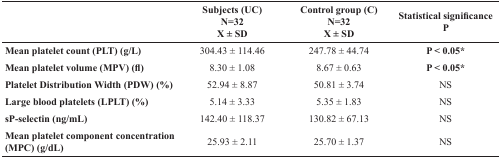
|  | Subjects (UC)N=32X ± SD | Control group (C)N=32X ± SD | Statistical significanceP |
 | --- | --- | --- | --- |
 | Mean platelet count (PLT) (g/L) | 304.43 ± 114.46 | 247.78 ± 44.74 | P < 0.05* |
 | Mean platelet volume (MPV) (fl) | 8.30 ± 1.08 | 8.67 ± 0.63 | P < 0.05* |
 | Platelet Distribution Width (PDW) (%) | 52.94 ± 8.87 | 50.81 ± 3.74 | NS |
 | Large blood platelets (LPLT) (%) | 5.14 ± 3.33 | 5.35 ± 1.83 | NS |
 | sP-selectin (ng/mL) | 142.40 ± 118.37 | 130.82 ± 67.13 | NS |
 | Mean platelet component concentration (MPC) (g/dL) | 25.93 ± 2.11 | 25.70 ± 1.37 | NS |